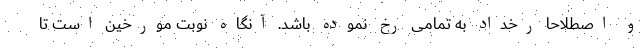
و اصطلاحاً رخداد به تمامی رخ نموده باشد. آنگاه نوبت مورخین است تا